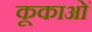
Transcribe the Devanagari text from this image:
कूकाओं